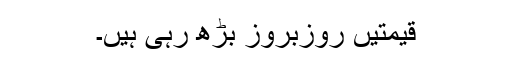
قیمتیں روزبروز بڑھ رہی ہیں۔